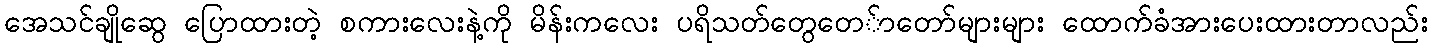
အေသင်ချိုဆွေ ပြောထားတဲ့ စကားလေးနဲ့ကို မိန်းကလေး ပရိသတ်တွေတေ်ာတော်များများ ထောက်ခံအားပေးထားတာလည်း